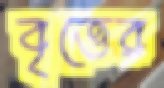
বৃত্তের